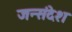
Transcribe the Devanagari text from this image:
जन्संदेश